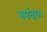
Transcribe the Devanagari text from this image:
स्पंदक